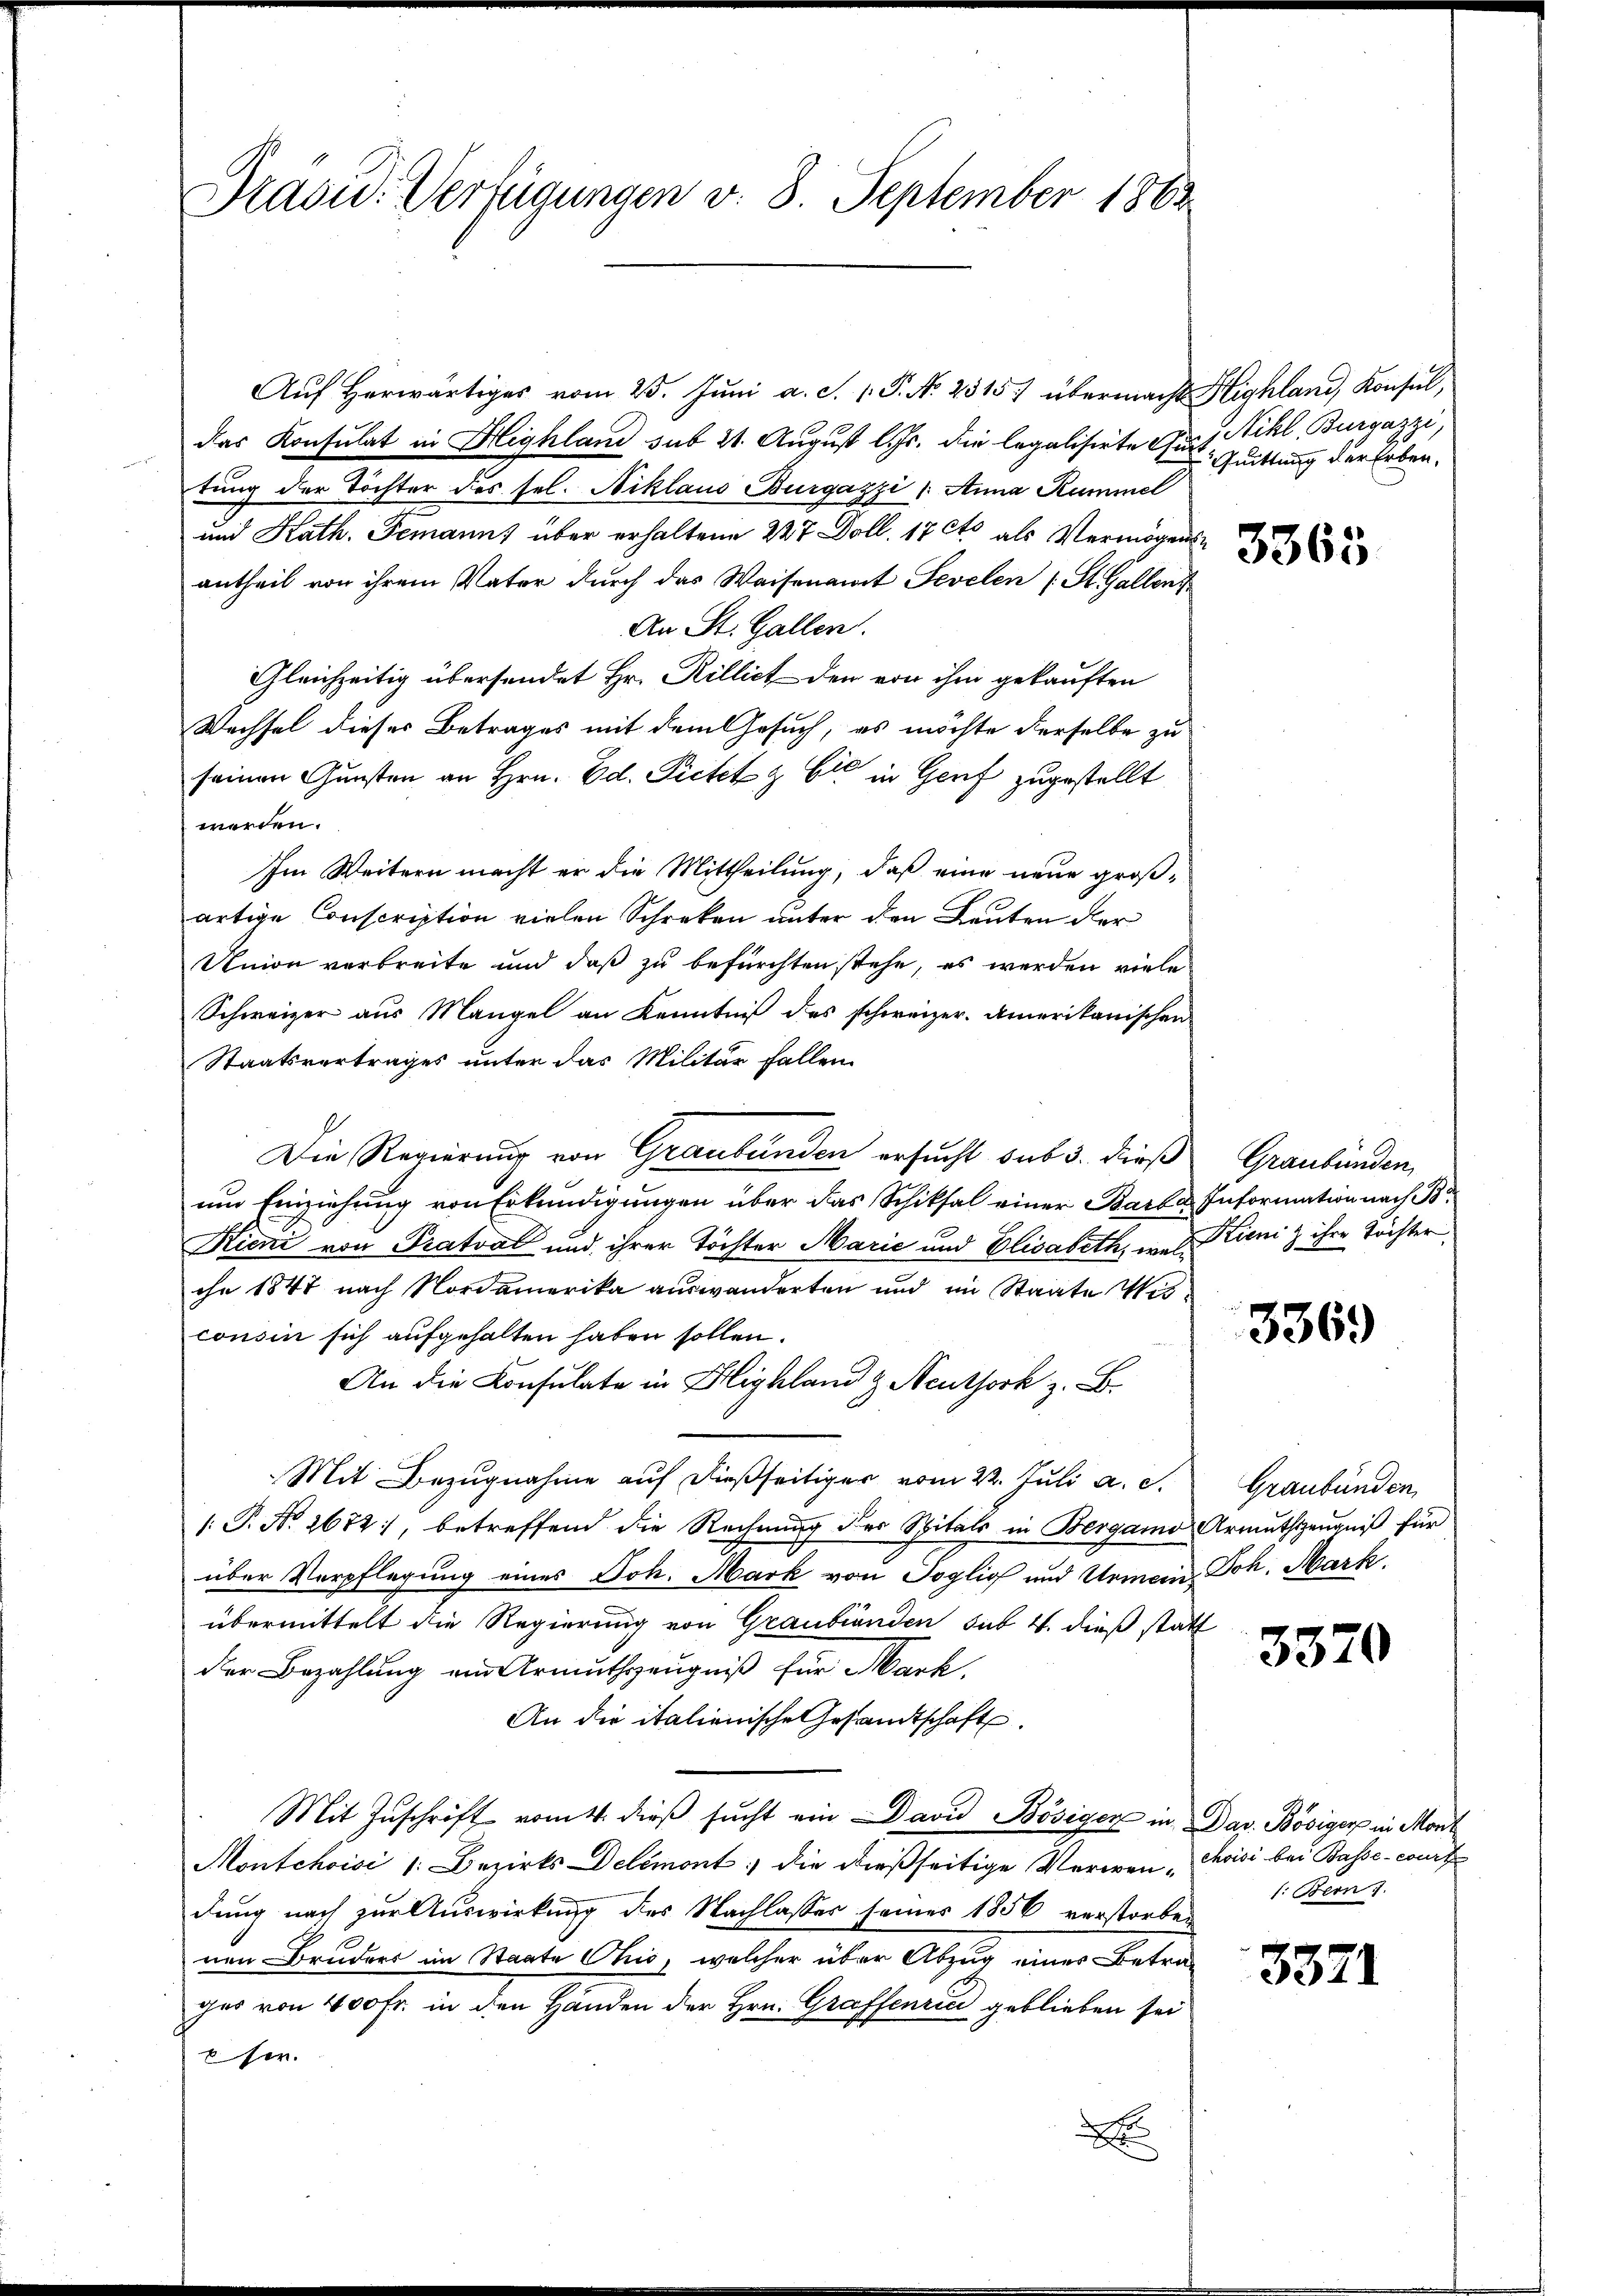
Präsid. Verfügungen v. 8. September 1863

Auf herwärtiges vom 25. Juni a. S. 1. P. N. 2515) übermacht Highland, Konsul,
das Konsulat in Highland sub 21. August l. Js. die legalisirte Graf Sihl, Burrazzi,
tung der Töchter des sel. Niklaus Bürgazzi /: Anna Kümmel
und Kath. Gemanns über erhaltene 227 Doll. 17 Cts als Vermögens
antheil von ihrem Vater durch das Waisenamt Sevelen (St. Gallens
An St. Gallen.
Gleichzeitig übersendet Hr. Rillict der von ihm gekauften
Wechsel dieses Betrages mit dem Gesuch, es möchte derselbe zu
seinen Gunsten an Hrn. Ed. Pietet & Cie in Genf zugestellt
werden.
Im Weitern macht er die Mittheilung, daß eine neue großartige Conscription vielen Schrecken unter den Leuten der
Union verbreite und daß zu befürchten stehe, es werden viele
Schweizer aus Mangel an Kenntniß des schweizer. Amerikanischen
Staatsvertrages unter das Militär fallen
Die Regierung von Graubünden ersucht sub 3. dieß
um Einziehung von Erkundigungen über das Schiksal einer Barba- Information nach B
Kicni von Pratval und ihrer Töchter Marie und Elisabeth, was Kieni & ihre Töchter
ohe 1847 nach Nordamerika auswanderten und im Staate Wisconsin sich aufgehalten haben sollen.
An die Konsulate in Highland & Neuthork z. B.
Mit Bezugnahme auf dießseitiger vom 22. Juli a. c.
: P. Nr. 2672, betreffend die Rechnung des Spitals in Bergamo Armutszeugniß für
über Verpflegung eines Joh. Mark von Toglio und Urmein, Joh. Mark.
übermittelt die Regierung von Graubianden sub 4. dieß statt
Der Bezahlung ein Armuthszeugniß für Mark,
An die italienische Gesandtschaft
Mit Zŭschrift vom 4. dieβ sŭcht ein David Bösiger in Dav. Bösiger in Mont
Montchoisi /: Bezirks Delémont: die dießseitige Verwen-Choisi bei Basse-court
dung nach zur Auswirkung des Nachlasses seiner 1856 verstorben
nen Bruders im Staate Chis, welcher über Abzug einer Betra-
ges von 400 Fr. in den Händen der Hrn. Graffenrin geblieben sei
her.
x

Quittung der Erben.

Graubünden,

336)

Graubünden

3370

1: Bern

3371